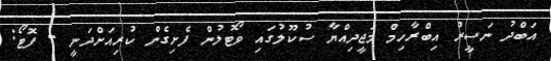
އަބްދު ނަސީރު އިބްރާހިމް މަޖީދިއްޔާ ސުކޫލުގައި ވޯޓުލުން ފެށިގެން ކުރިއަށްދަނީ - ފޮޓޯ: